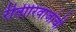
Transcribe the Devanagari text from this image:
रीतीरिवाजांची